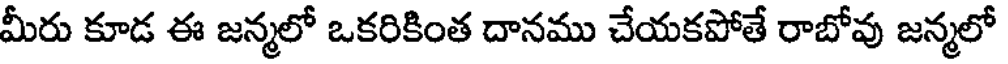
మీరు కూడ ఈ జన్మలో ఒకరికింత దానము చేయకపోతే రాబోవు జన్మలో